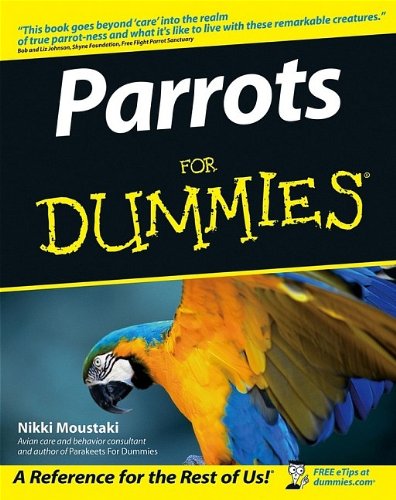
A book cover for Parrots For Dummies; Nikki Moustaki; Crafts, Hobbies & Home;